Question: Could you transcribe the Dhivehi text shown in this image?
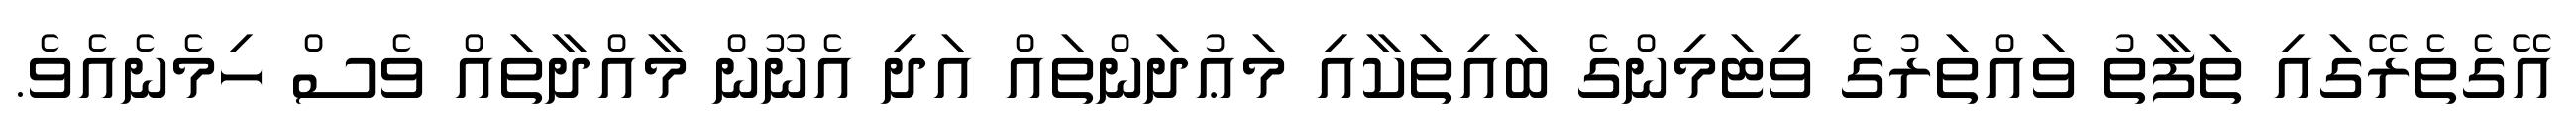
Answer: އޭގެތެރޭގައި ތަފާތު ވައްތަރުގެ ވިޓަމިންގެ ބައިތަކާއި މަޢުދަންތައް އަދި އެނޫން މާއްދާތައް ވެސް ހިމެނެއެވެ.